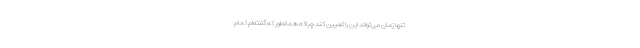
تنها زمان می‌تواند این را تعیین کند چراکه همانطور که گفته‌ام تمام